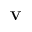
\mathbf { V }